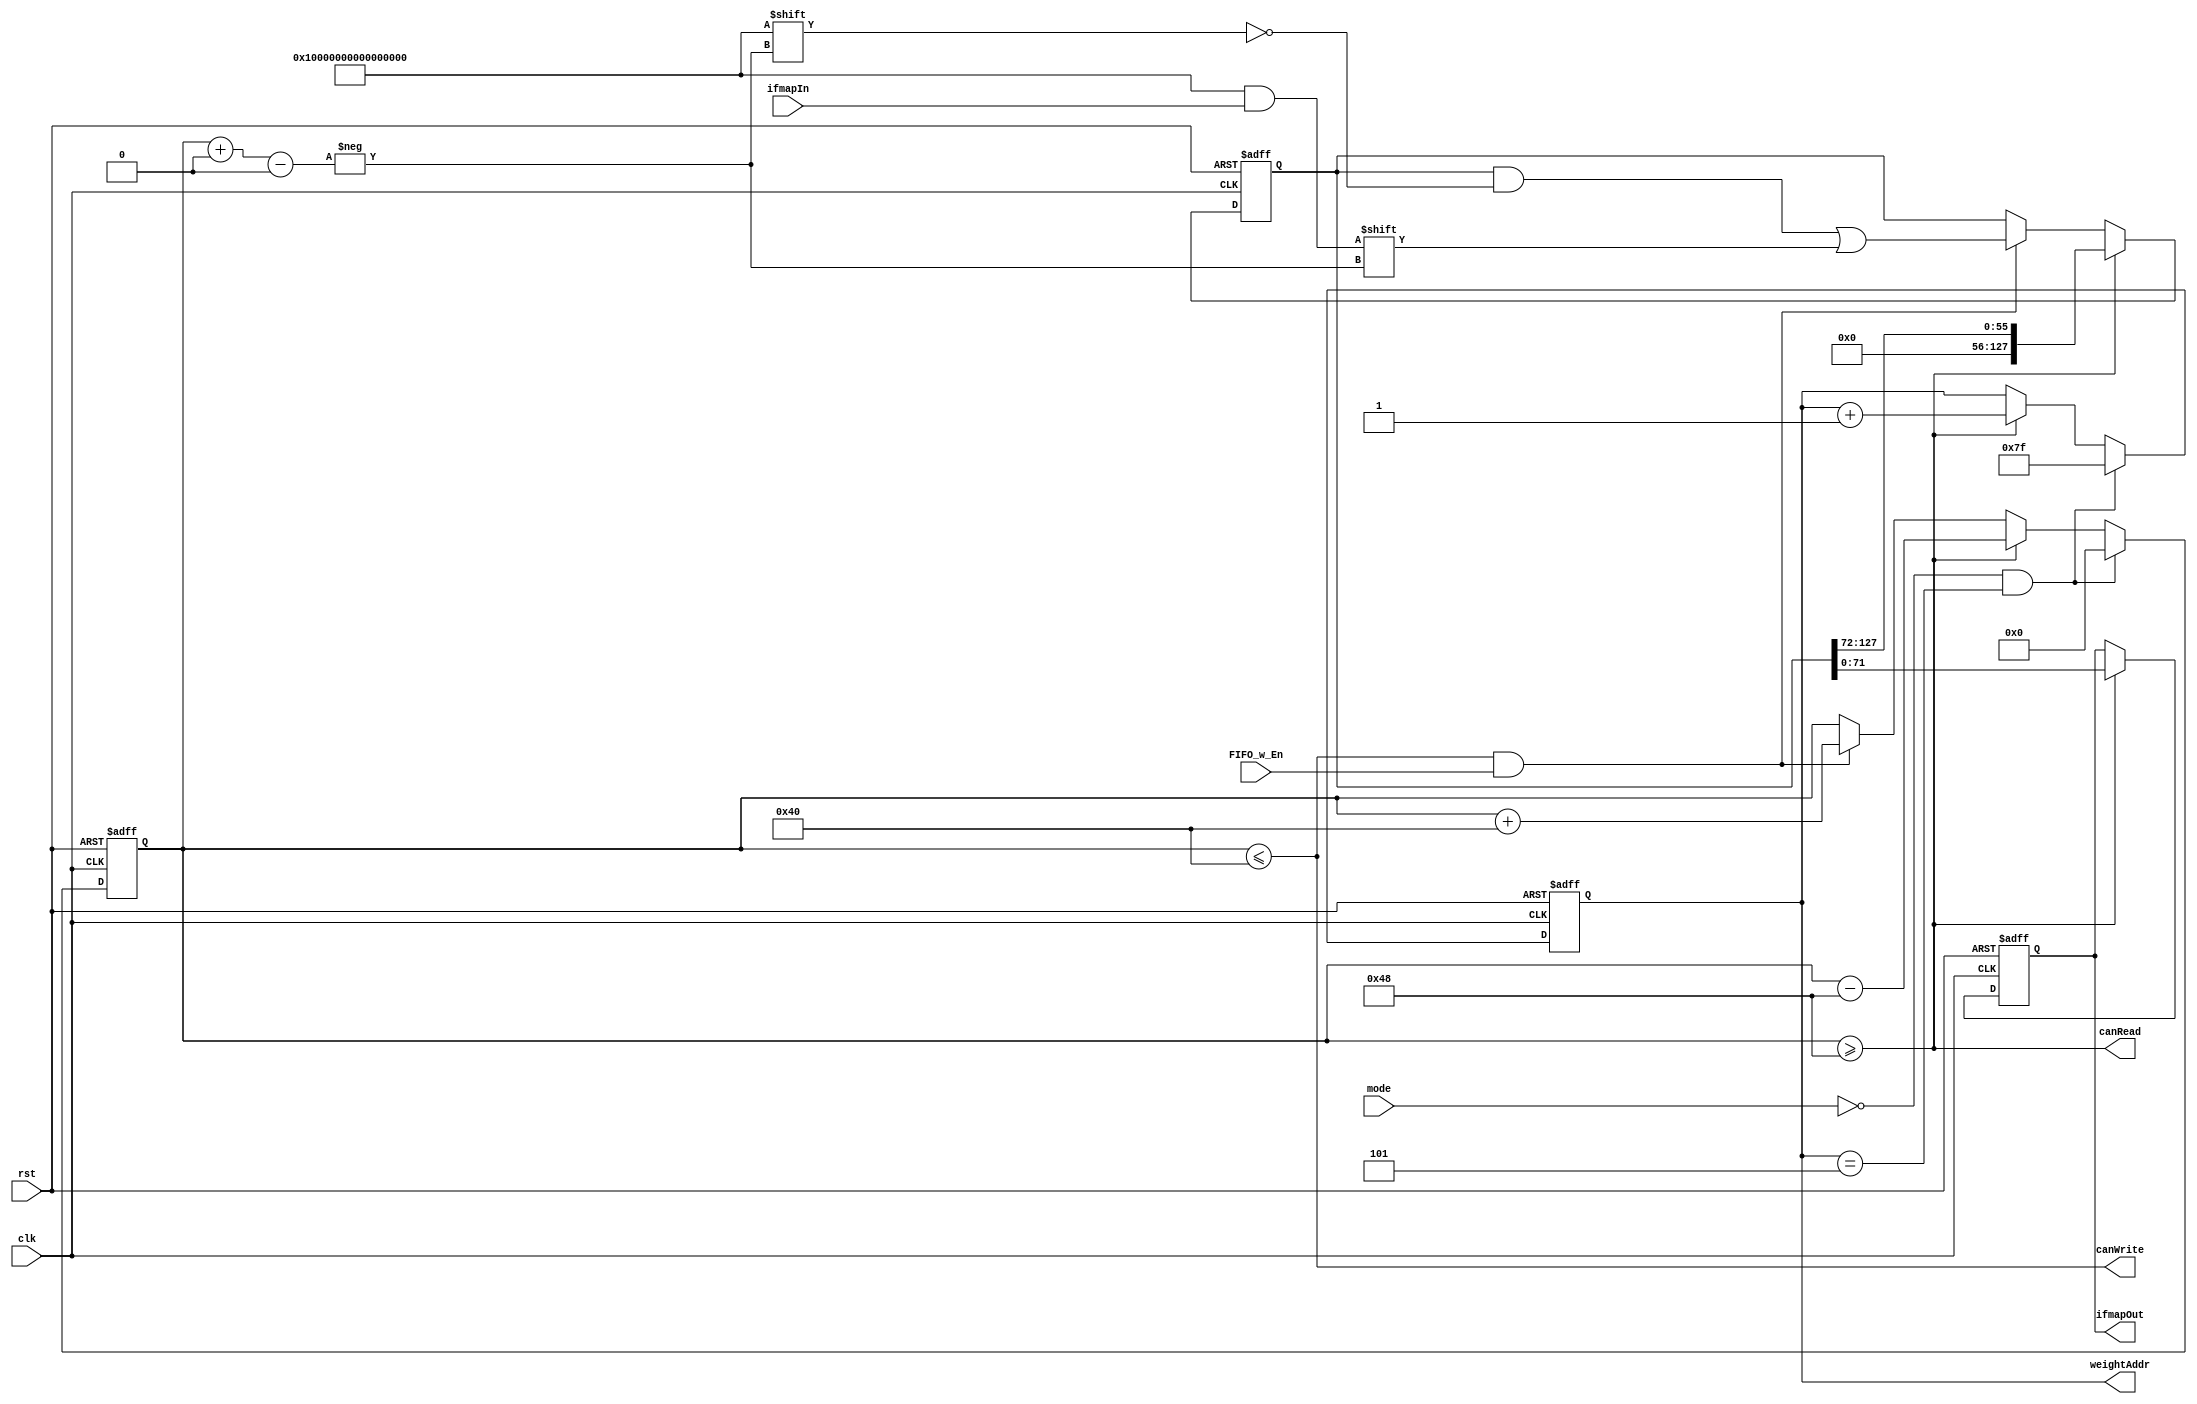
module FIFO_w(clk, rst, mode, FIFO_w_En, canWrite, canRead, ifmapIn, ifmapOut, weightAddr);

input clk, rst, FIFO_w_En;
input [2:0] mode;
input [63:0] ifmapIn;                // ifmap from DRAM

output canWrite;
output canRead ;                       // FIFO read / write signal

output reg [71:0] ifmapOut;          // Complete sliced 72-bit data output to weightBuf
output reg [6:0]  weightAddr;        // write Address to row weightBuf 


reg [7:0] index;
assign canWrite = (index<=64) ;      // Read tb data enable
assign canRead  = (index>=72) ;      // Write data to weightBuf enable

reg [127:0] buffer;                  // FIFO size


// --------- FIFO read / write -----------
always@(posedge clk or posedge rst)begin
	if(rst)begin
		index <= 8'd0;
		buffer <= 128'd0;
		ifmapOut <= 71'd0;
		weightAddr <= 7'd127;
	end
	else begin
		if(canWrite && FIFO_w_En) begin        // Read ifmap from tb (DRAM)  
			buffer[index +: 64] <= ifmapIn;
			index <= index + 64;
		end
		if(canRead) begin         // Rrite to weightBuf row
			ifmapOut <= buffer[71:0];
			buffer <= buffer >> 72;
		
			
			index <= index - 72;
			weightAddr <= weightAddr +1;
		end
		if(mode==0 && weightAddr==5) begin
			index <= 0;
			weightAddr <= 7'd127;
		end
	end
end


endmodule